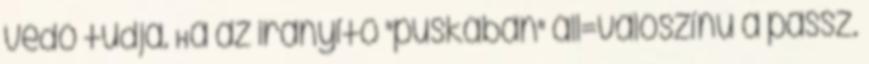
védő tudja. Ha az irányító "puskában" áll=valószínű a passz.